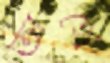
তাথৈ